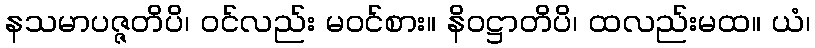
နသမာပဇ္ဇတိပိ၊ ဝင်လည်း မဝင်စား။ နိဝဋ္ဌာတိပိ၊ ထလည်းမထ။ ယံ၊